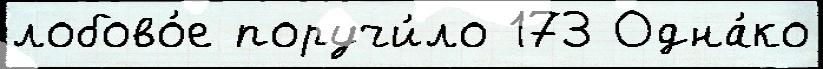
лобово́е поручи́ло 173 Одна́ко